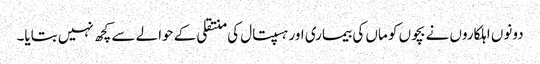
دونوں اہلکاروں نے بچوں کو ماں کی بیماری اور ہسپتال کی منتقلی کے حوالے سے کچھ نہیں بتایا۔